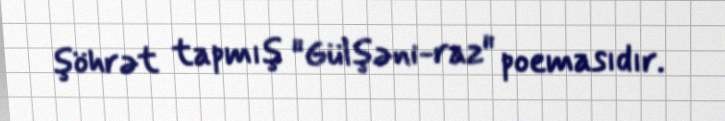
şöhrət tapmış "Gülşəni-raz" poemasıdır.